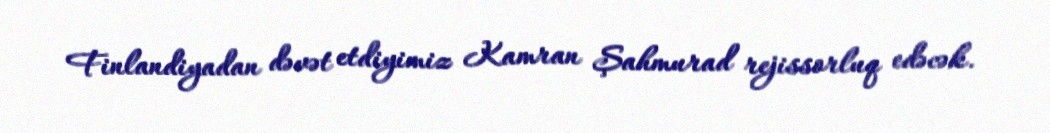
Finlandiyadan dəvət etdiyimiz Kamran Şahmurad rejissorluq edəcək.